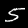
Label: 5